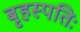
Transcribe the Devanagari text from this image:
बृहस्पतिः